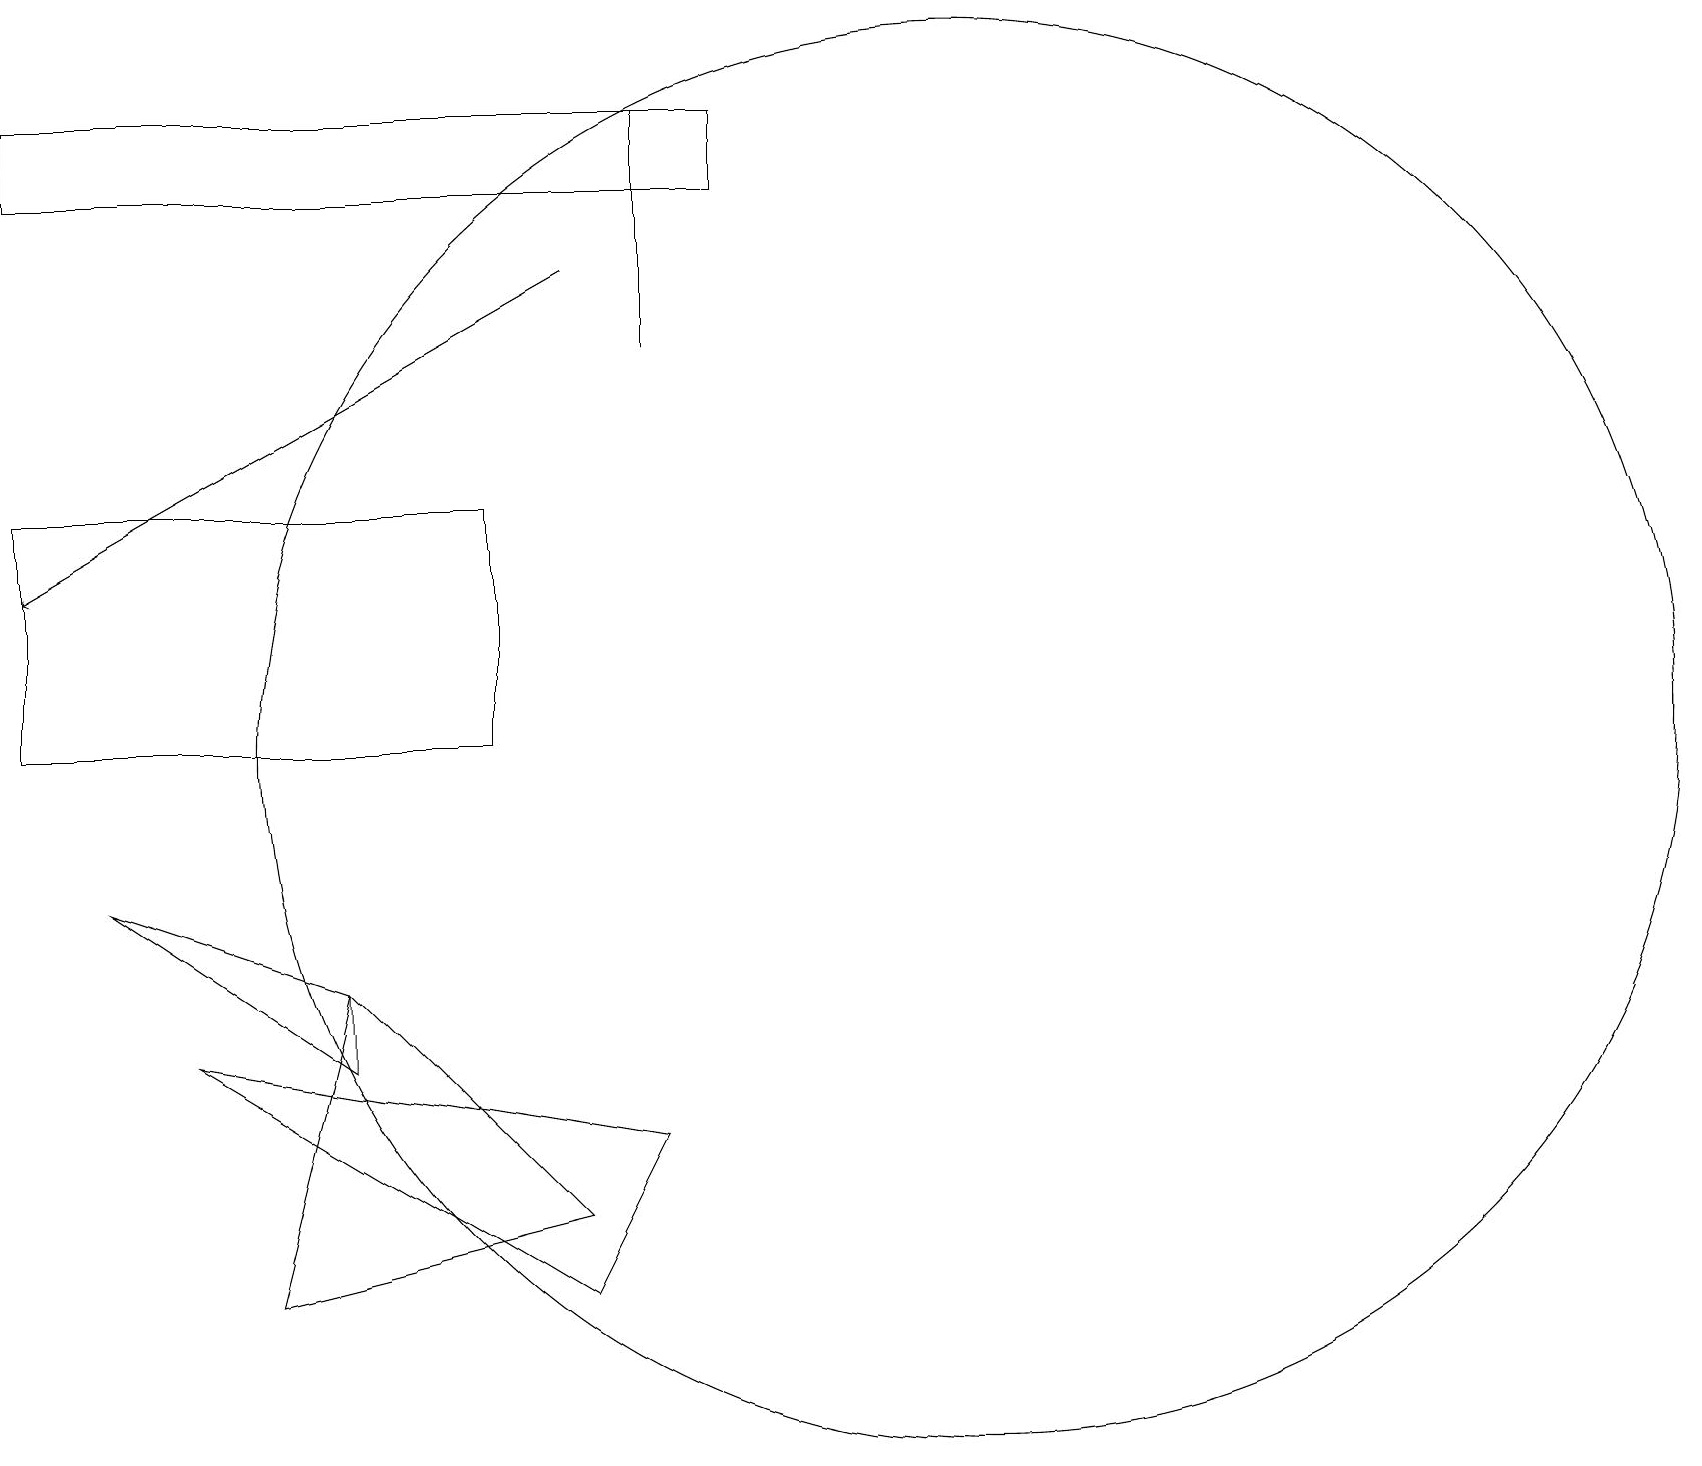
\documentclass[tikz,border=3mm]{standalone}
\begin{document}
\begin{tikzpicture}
\draw[->] (7,17) -- (0,13);
\draw (4,8) -- (4,7) -- (1,9) -- cycle;
\draw (0,11) rectangle (6,14);
\draw (3,4) -- (7,5) -- (4,8) -- cycle;
\draw (2,7) -- (7,4) -- (8,6) -- cycle;
\draw (12,11) circle (9);
\draw (8,19) rectangle (8,16);
\draw (9,19) rectangle (0,18);
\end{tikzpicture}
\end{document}